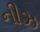
નીઝ